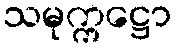
သမုက္ကဋ္ဌော